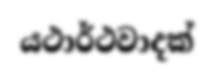
යථාර්ථවාදක්